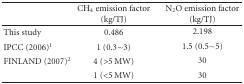
<table><thead><tr><td></td><td><b>CH<sub>4</sub> emission factor (kg/TJ)</b></td><td><b>N<sub>2</sub>O emission factor (kg/TJ)</b></td></tr></thead><tbody><tr><td>This study</td><td>0.486</td><td>2.198</td></tr><tr><td>IPCC (2006)<sup>1</sup></td><td>1 (0.3~3)</td><td>1.5 (0.5~5)</td></tr><tr><td>FINLAND (2007)<sup>2</sup></td><td>4 (&gt;5 MW)</td><td>30</td></tr><tr><td></td><td>1 (&lt;5 MW)</td><td>30</td></tr></tbody></table>